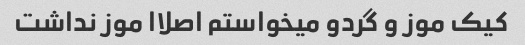
کیک موز و گردو میخواستم اصلاا موز نداشت